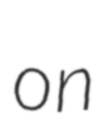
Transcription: on